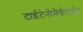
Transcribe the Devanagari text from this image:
टाईटेनोमैग्नेटाईट